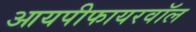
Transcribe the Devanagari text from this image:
आयपीफायरवॉल